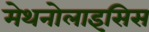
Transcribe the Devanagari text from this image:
मेथनोलाइसिस